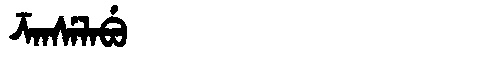
Manchu: ᡯᠠᠨᠰᡝᠯᠠᠪᡠ
Romanization: DZANSELABU